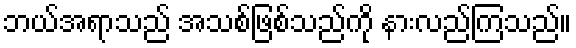
ဘယ်အရာသည် အသစ်ဖြစ်သည်ကို နားလည်ကြသည်။